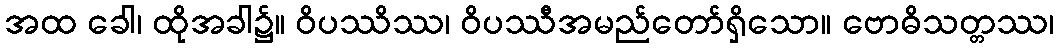
အထ ခေါ၊ ထိုအခါ၌။ ဝိပဿိဿ၊ ဝိပဿီအမည်တော်ရှိသော။ ဗောဓိသတ္တဿ၊